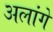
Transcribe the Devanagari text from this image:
अलांगे